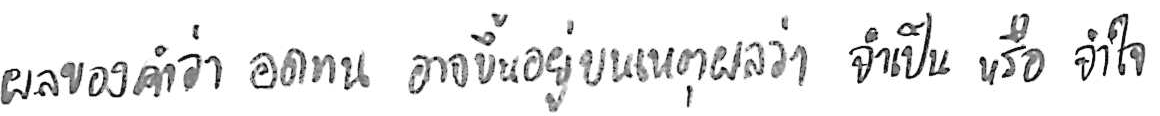
ผลของคำว่า อดทน อาจขึ้นอยู่บนเหตุผลว่า จำเป็น หรือ จำใจ